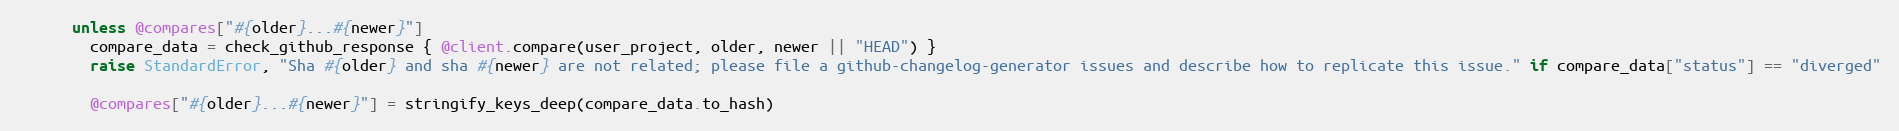
Language: Ruby
      unless @compares["#{older}...#{newer}"]
        compare_data = check_github_response { @client.compare(user_project, older, newer || "HEAD") }
        raise StandardError, "Sha #{older} and sha #{newer} are not related; please file a github-changelog-generator issues and describe how to replicate this issue." if compare_data["status"] == "diverged"

        @compares["#{older}...#{newer}"] = stringify_keys_deep(compare_data.to_hash)